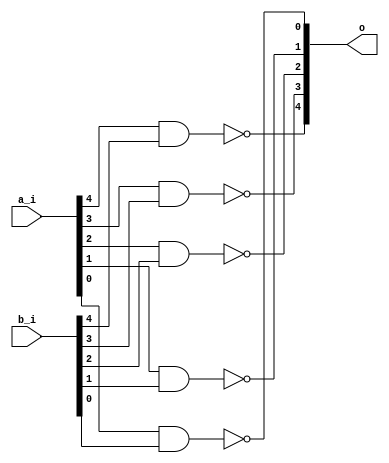
module bsg_nand_width_p5_harden_p1
(
  a_i,
  b_i,
  o
);

  input [4:0] a_i;
  input [4:0] b_i;
  output [4:0] o;
  wire [4:0] o;
  wire N0,N1,N2,N3,N4;
  assign o[4] = ~N0;
  assign N0 = a_i[4] & b_i[4];
  assign o[3] = ~N1;
  assign N1 = a_i[3] & b_i[3];
  assign o[2] = ~N2;
  assign N2 = a_i[2] & b_i[2];
  assign o[1] = ~N3;
  assign N3 = a_i[1] & b_i[1];
  assign o[0] = ~N4;
  assign N4 = a_i[0] & b_i[0];

endmodule